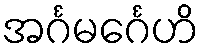
အင်္ဂမင်္ဂေဟိ